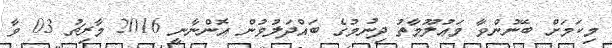
މިކަމަށް ބޭނުންވާ މަޢުލޫމާތު ދިނުމުގެ ބައްދަލުވުން އޮންނާނީ 2016 މާރިޗު 03 ވާ